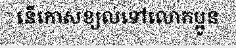
នើកោសខ្យល់ទៅលោកប្អូន